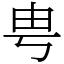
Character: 甹